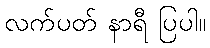
လက်ပတ် နာရီ ပြပါ။